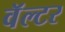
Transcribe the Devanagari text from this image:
वॅल्टर